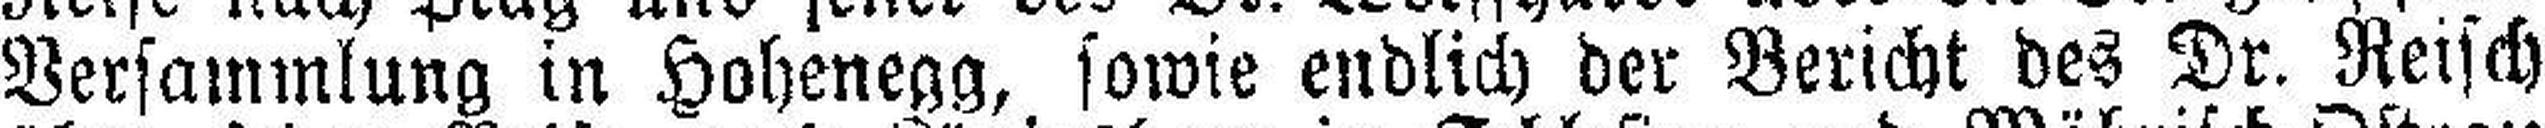
Versammlung in Hohenegg, sowie endlich der Bericht des Dr. Reisch